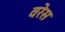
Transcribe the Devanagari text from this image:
वरेस